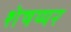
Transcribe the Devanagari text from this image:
शेषय्यर